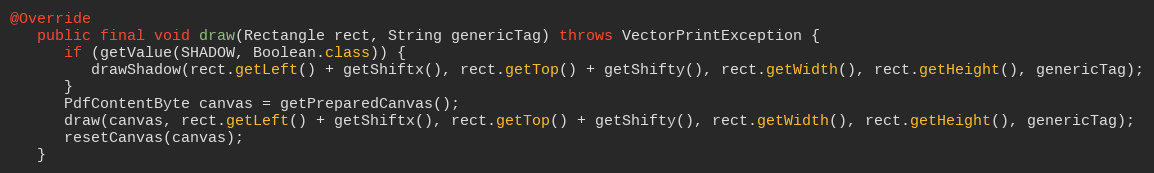
Language: Java
@Override
   public final void draw(Rectangle rect, String genericTag) throws VectorPrintException {
      if (getValue(SHADOW, Boolean.class)) {
         drawShadow(rect.getLeft() + getShiftx(), rect.getTop() + getShifty(), rect.getWidth(), rect.getHeight(), genericTag);
      }
      PdfContentByte canvas = getPreparedCanvas();
      draw(canvas, rect.getLeft() + getShiftx(), rect.getTop() + getShifty(), rect.getWidth(), rect.getHeight(), genericTag);
      resetCanvas(canvas);
   }